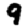
Digit: 9